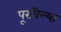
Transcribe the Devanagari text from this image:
पूरविल्या